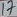
Text: 17